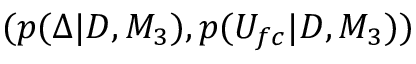
( p ( \Delta | D , M _ { 3 } ) , p ( U _ { f c } | D , M _ { 3 } ) )